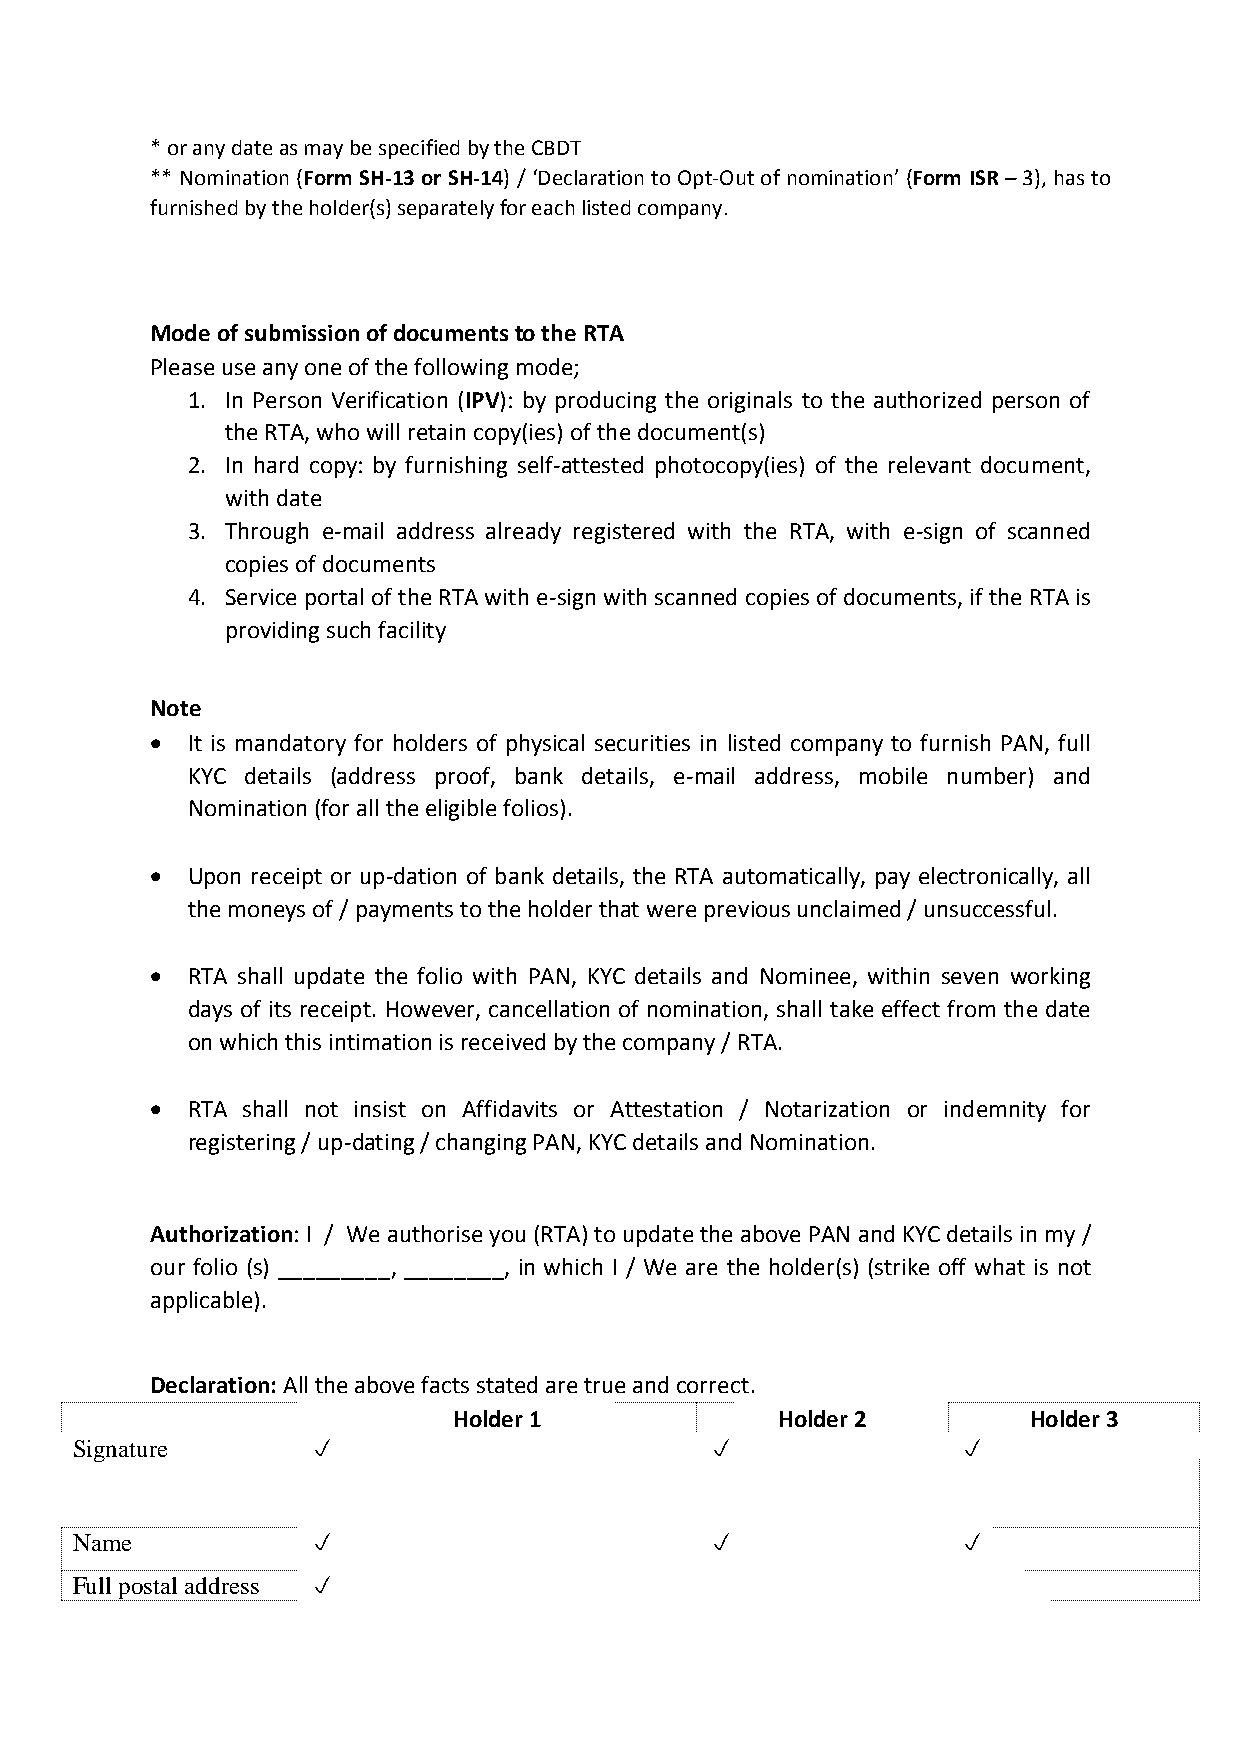
* or any date as may be specified by the CBDT
 ** Nomination (Form SH-13 or SH-14) / ‘Declaration to Opt-Out of nomination’ (Form ISR – 3), has to
 furnished by the holder(s) separately for each listed company.
 Mode of submission of documents to the RTA
 Please use any one of the following mode;
 1. In Person Verification (IPV): by producing the originals to the authorized person of
 the RTA, who will retain copy(ies) of the document(s)
 2. In hard copy: by furnishing self-attested photocopy(ies) of the relevant document,
 with date
 3. Through e-mail address already registered with the RTA, with e-sign of scanned
 copies of documents
 4. Service portal of the RTA with e-sign with scanned copies of documents, if the RTA is
 providing such facility
 Note
  It is mandatory for holders of physical securities in listed company to furnish PAN, full
 KYC details (address proof, bank details, e-mail address, mobile number) and
 Nomination (for all the eligible folios).
  Upon receipt or up-dation of bank details, the RTA automatically, pay electronically, all
 the moneys of / payments to the holder that were previous unclaimed / unsuccessful.
  RTA shall update the folio with PAN, KYC details and Nominee, within seven working
 days of its receipt. However, cancellation of nomination, shall take effect from the date
 on which this intimation is received by the company / RTA.
  RTA shall not insist on Affidavits or Attestation / Notarization or indemnity for
 registering / up-dating / changing PAN, KYC details and Nomination.
 Authorization: I / We authorise you (RTA) to update the above PAN and KYC details in my /
 our folio (s) _________, ________, in which I / We are the holder(s) (strike off what is not
 applicable).
 Declaration: All the above facts stated are true and correct.
 Holder 1             Holder 2         Holder 3
 Signature                                               
 Name                                                    
 Full postal address 